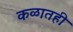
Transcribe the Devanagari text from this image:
कळातही